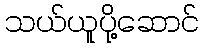
သယ်ယူပို့ဆောင်